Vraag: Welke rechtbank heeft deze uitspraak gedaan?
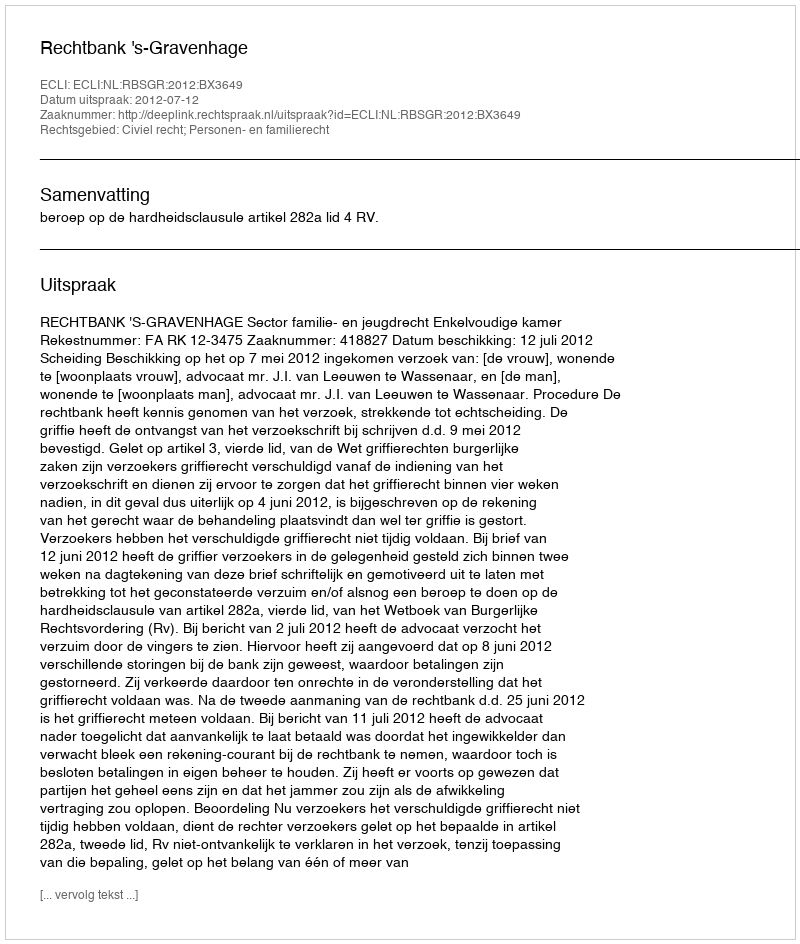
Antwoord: Rechtbank 's-Gravenhage